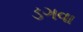
ડગવા